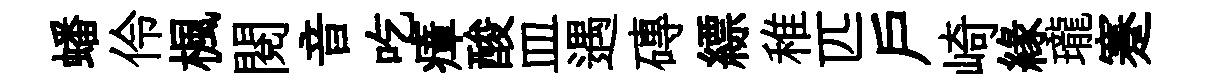
蟠伶楓閲音吃瘴酸皿遇磚縹稚匹戶崎緣瓏蹇